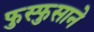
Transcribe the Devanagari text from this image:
फुस्फुसाने